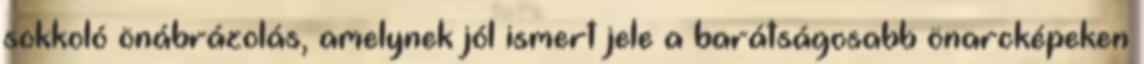
sokkoló önábrázolás, amelynek jól ismert jele a barátságosabb önarcképeken